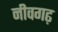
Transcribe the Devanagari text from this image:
नीवगढ़